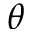
\theta